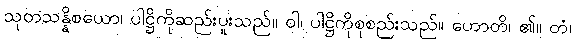
သုတသန္နိစယော၊ ပါဋ္ဌိကိုဆည်းပူးသည်။ ဝါ၊ ပါဋ္ဌိကိုစုစည်းသည်။ ဟောတိ၊ ၏။ တံ၊